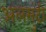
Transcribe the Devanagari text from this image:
अलमुंदी